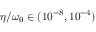
\eta / \omega _ { 0 } \in ( 1 0 ^ { - 8 } , 1 0 ^ { - 4 } )